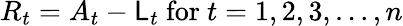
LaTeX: R_{t}=A_{t}-\mathsf{L}_{t}{\mathrm{{~for~}}}t=1,2,3,\ldots,n